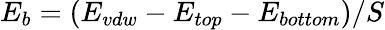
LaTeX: E_{b}=(E_{vdw}-E_{top}-E_{bottom})/S